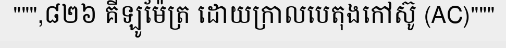
""",៨២៦ គីឡូម៉ែត្រ ដោយក្រាលបេតុងកៅស៊ូ (AC)"""